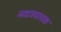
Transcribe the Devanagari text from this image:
नक्षत्रवाचक